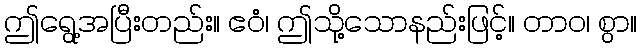
ဤရွေ့အပြီးတည်း။ ဧဝံ၊ ဤသို့သောနည်းဖြင့်။ တာဝ၊ စွာ။